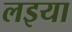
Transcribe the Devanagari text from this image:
लइया